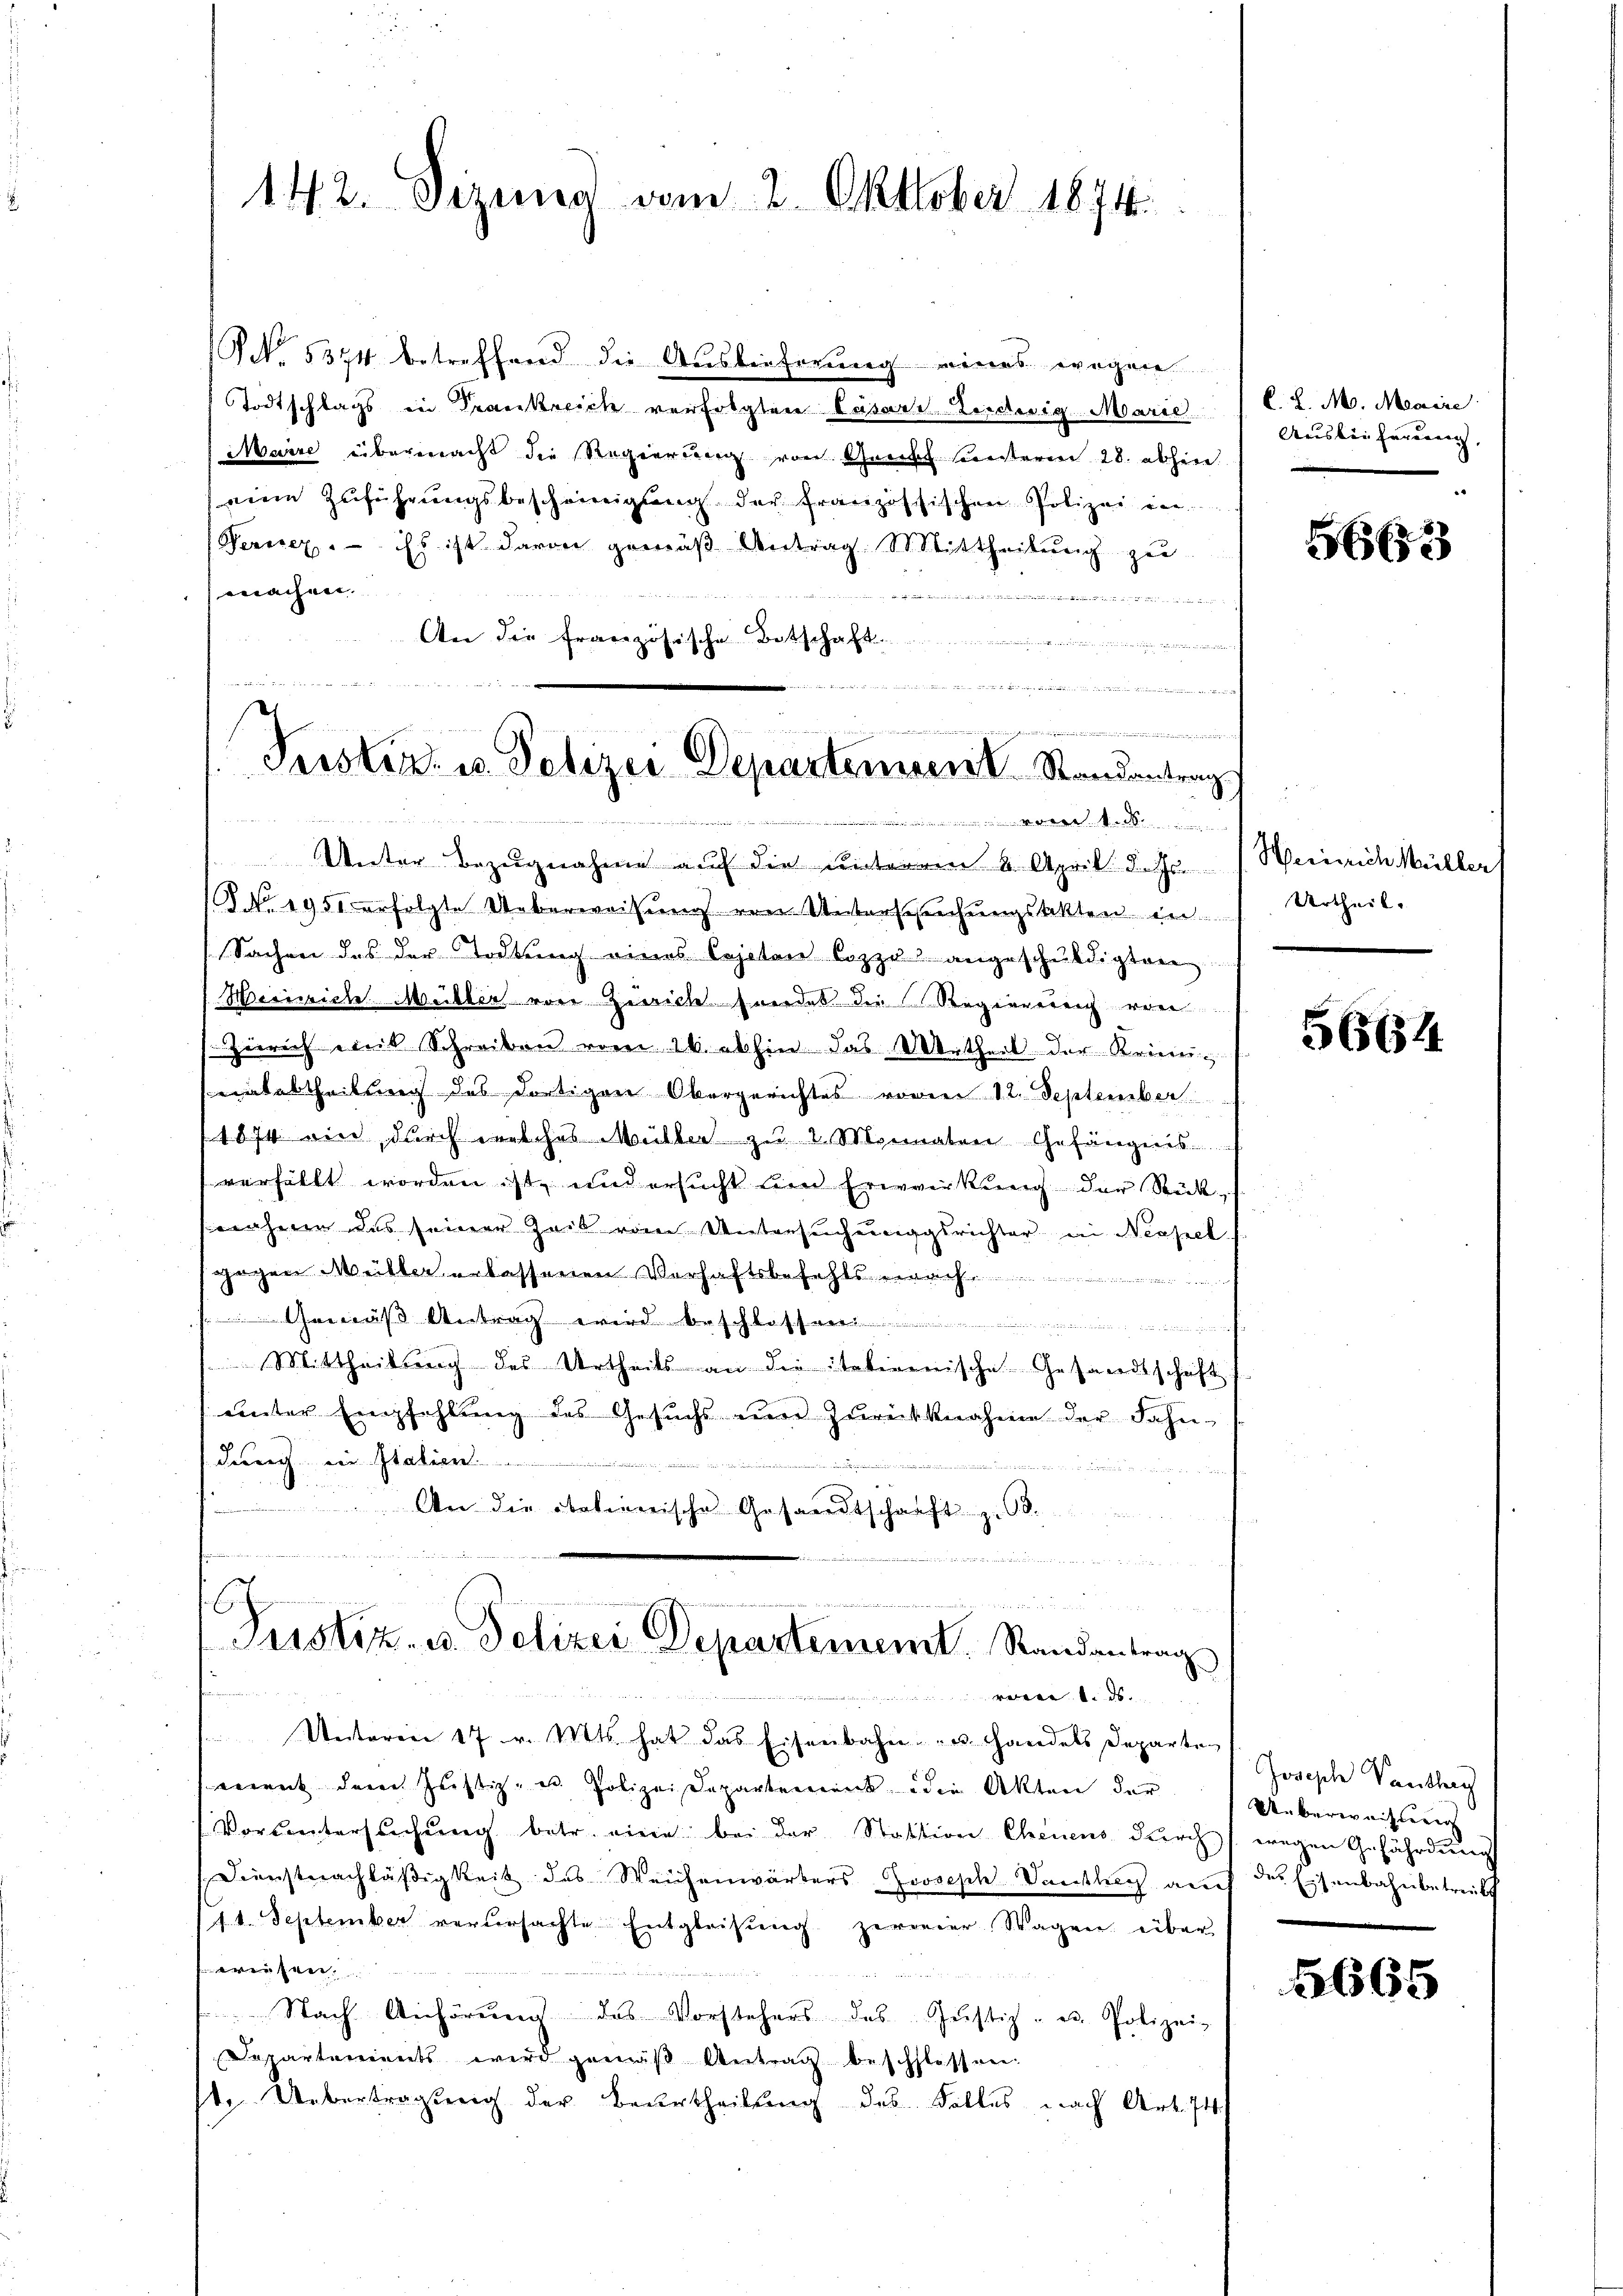
142. Sizung vom 2. Oktober 1874.

NNo. 5374 betreffend die Auslieferung eines wegen
Todtschlags in Trankreich verfolgten Cäsard Liedwig Marie
iaire übermacht die Regierung von Gruss hinterm 28. abherr
mein Zuführungsbescheinigung der französischen Polizei ein
Verner, ist ist davon gemäß Antrag Mittheilung zu
machen. |
 Juli an der unter u
An die französische Botschaft

a
n

eige
Unter Bezugnahme auf die unterem 4. April d. J. J. Weinrich Müller (
( No. 1951 erfolgte Ueberweisung von Untersuchungsakten in
Sachen des der Tödtung eines Cajetan Coppe angeschuldigten
Heinriche Meiller von Zeiche Freidet die Regierung vere
Zürich eint Schreiben vom 26. abhin das Urtheil der Krimi
sabtheilung des dortigen Obergerichtes vorner 12. September
1874 wir, durch welches Müller zu 2. Monnaten Gefängenes
verfällt worden ist, und ersucht und Erwirkung der Stück, s
nahmen das seiner Zeit vom Untersuchungsrichter in Neapel
gegen Müller erlassenen Verhaftsbefehlsach
ß Antrag wird beschlossen.

Mittheilung des Urtheils an die italienische Gesandtschaft
uinter Empfehlung des Gesuchs um Zurückknahme der Fahn
durch in Italien.
 An die italienische Gesandtschaft z. 68.

16
Justiz- u. Polizei Departement. Randantrag
w
Unteren 17 v. Mts. hat das Eisenbahn u. Handels Departe
ement deren Jŭstiz- u. Polizeidepartement die Akten der Ueberweisung
Vorŭntersŭchŭng betr. eine bei der Station Chenens dŭrch wegen Gefährdung
Diensterachläßigkeit des Weichenwärters Joseph Vanklig auf der Eisenbahnbetreib
11. September verursachte Entgleisung zerreier Wagen, über
e
Nach Anhörung des Vorstehers des Jŭstiz- u. Polizei-
Departarients wird gemäβ Antrag beschlossen.
te Uebertragung der Beurtheilung des Falles nach Art. 74

der Dr meiners sein und die Feier und die es und die in und in die
Peistenz u. Polizei-Departement Randantrag

C. L. M. Maire
Auus bei Frauen,

166

Urtheil.

5664

Joseph Panthey

1665